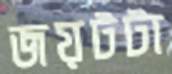
জয়টটা